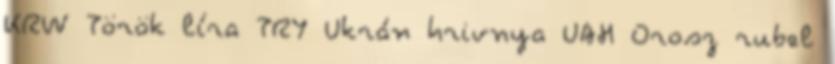
KRW Török líra TRY Ukrán hrivnya UAH Orosz rubel